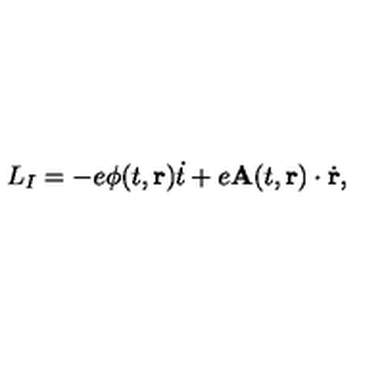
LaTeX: L _ { I } = - e \phi ( t , { \bf r } ) \dot { t } + e { \bf A } ( t , { \bf r } ) \cdot \dot { \bf r } ,